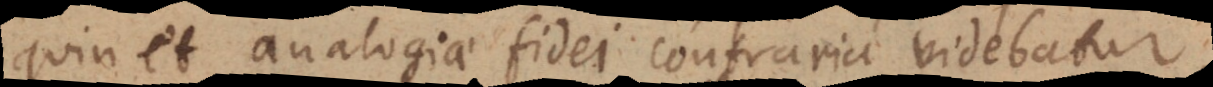
quin et analogiae fidei contraria videbatur,